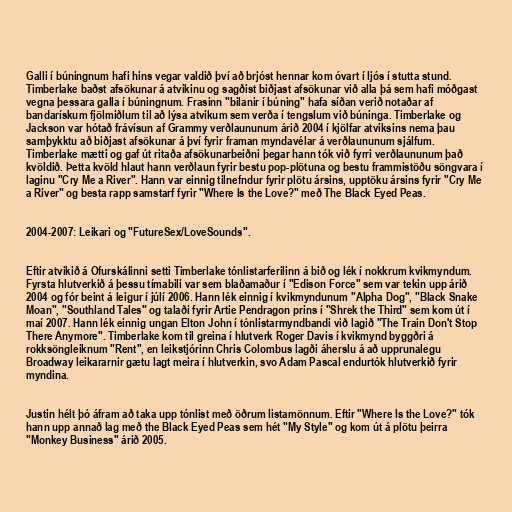
Galli í búningnum hafi hins vegar valdið því að brjóst hennar kom óvart í ljós í stutta stund.
Timberlake baðst afsökunar á atvikinu og sagðist biðjast afsökunar við alla þá sem hafi móðgast
vegna þessara galla í búningnum. Frasinn "bilanir í búning" hafa síðan verið notaðar af
bandarískum fjölmiðlum til að lýsa atvikum sem verða í tengslum við búninga. Timberlake og
Jackson var hótað frávísun af Grammy verðlaununum árið 2004 í kjölfar atviksins nema þau
samþykktu að biðjast afsökunar á því fyrir framan myndavélar á verðlaununum sjálfum.
Timberlake mætti og gaf út ritaða afsökunarbeiðni þegar hann tók við fyrri verðlaununum það
kvöldið. Þetta kvöld hlaut hann verðlaun fyrir bestu pop-plötuna og bestu frammistöðu söngvara í
laginu "Cry Me a River". Hann var einnig tilnefndur fyrir plötu ársins, upptöku ársins fyrir "Cry Me
a River" og besta rapp samstarf fyrir "Where Is the Love?" með The Black Eyed Peas.

2004-2007: Leikari og "FutureSex/LoveSounds".

Eftir atvikið á Ofurskálinni setti Timberlake tónlistarferilinn á bið og lék í nokkrum kvikmyndum.
Fyrsta hlutverkið á þessu tímabili var sem blaðamaður í "Edison Force" sem var tekin upp árið
2004 og fór beint á leigur í júlí 2006. Hann lék einnig í kvikmyndunum "Alpha Dog", "Black Snake
Moan", "Southland Tales" og talaði fyrir Artie Pendragon prins í "Shrek the Third" sem kom út í
maí 2007. Hann lék einnig ungan Elton John í tónlistarmyndbandi við lagið "The Train Don't Stop
There Anymore". Timberlake kom til greina í hlutverk Roger Davis í kvikmynd byggðri á
rokksöngleiknum "Rent", en leikstjórinn Chris Colombus lagði áherslu á að upprunalegu
Broadway leikararnir gætu lagt meira í hlutverkin, svo Adam Pascal endurtók hlutverkið fyrir
myndina.

Justin hélt þó áfram að taka upp tónlist með öðrum listamönnum. Eftir "Where Is the Love?" tók
hann upp annað lag með the Black Eyed Peas sem hét "My Style" og kom út á plötu þeirra
"Monkey Business" árið 2005.